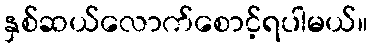
နှစ်ဆယ်လောက်စောင့်ရပါမယ်။